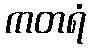
ကတရံ